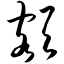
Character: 额